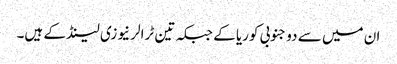
ان میں سے دو جنوبی کوریا کے جبکہ تین ٹرالر نیوزی لینڈ کے ہیں۔